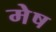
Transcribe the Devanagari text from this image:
मेेष